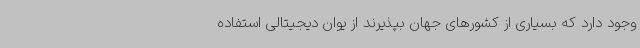
وجود دارد که بسیاری از کشورهای جهان بپذیرند از یوان دیجیتالی استفاده